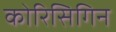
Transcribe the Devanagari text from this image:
कोरिसिगिन